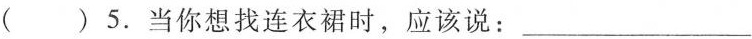
( ) 5. 当你想找连衣裙时,应该说：___